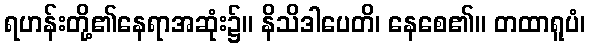
ရဟန်းတို့၏နေရာအဆုံး၌။ နိသိဒါပေတိ၊ နေစေ၏။ တထာရူပံ၊